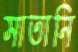
সাতানি